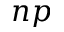
n p